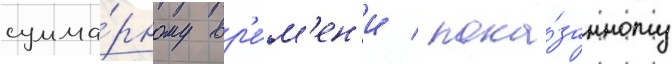
сумма́рному вр'е́м'ен'и / пока́занному